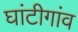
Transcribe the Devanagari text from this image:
घांटीगांव